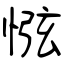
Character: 惤